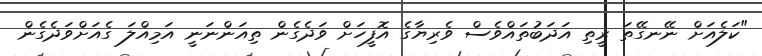
"ކަލެއަށް ނޭނގޭތަ ރީތި އަދަބުތައްވެސް ވެރިޔާގެ އޮފީހަށް ވަދެގެން ތިއަންނަނީ އަމިއްލަ ގެއަށްވަދެގެން